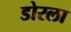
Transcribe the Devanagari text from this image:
डोरला